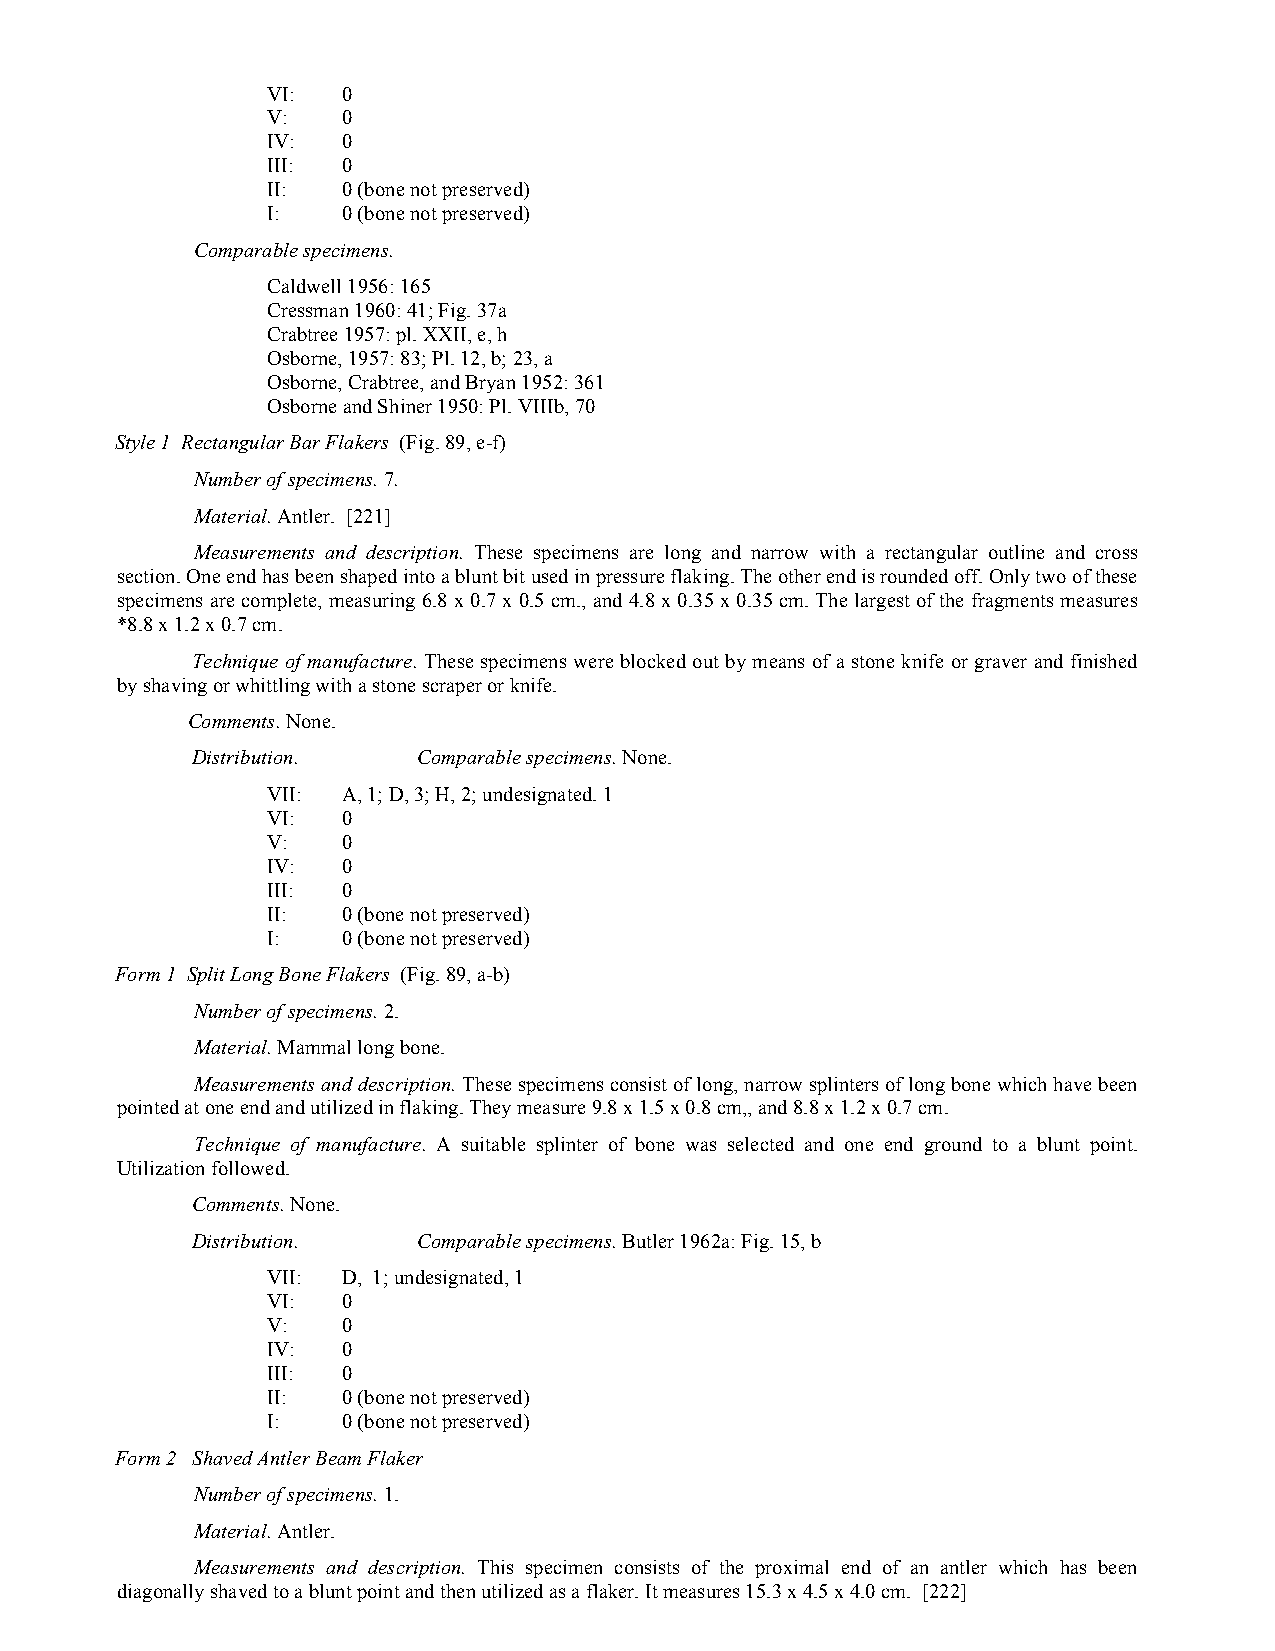
VI:  0
 V:   0
 IV:  0
 III: 0
 II:  0 (bone not preserved)
 I:   0 (bone not preserved)
 Comparable specimens.
 Caldwell 1956: 165
 Cressman 1960: 41; Fig. 37a
 Crabtree 1957: pl. XXII, e, h
 Osborne, 1957: 83; Pl. 12, b; 23, a
 Osborne, Crabtree, and Bryan 1952: 361
 Osborne and Shiner 1950: Pl. VIIIb, 70
 Style 1 Rectangular Bar Flakers (Fig. 89, e-f)
 Number of specimens. 7.
 Material. Antler. [221]
 Measurements and description. These specimens are long and narrow with a rectangular outline and cross
 section. One end has been shaped into a blunt bit used in pressure flaking. The other end is rounded off. Only two of these
 specimens are complete, measuring 6.8 x 0.7 x 0.5 cm., and 4.8 x 0.35 x 0.35 cm. The largest of the fragments measures
 *8.8 x 1.2 x 0.7 cm.
 Technique of manufacture. These specimens were blocked out by means of a stone knife or graver and finished
 by shaving or whittling with a stone scraper or knife.
 Comments. None.
 Distribution.  Comparable specimens. None.
 VII: A, 1; D, 3; H, 2; undesignated. 1
 VI:  0
 V:   0
 IV:  0
 III: 0
 II:  0 (bone not preserved)
 I:   0 (bone not preserved)
 Form 1 Split Long Bone Flakers (Fig. 89, a-b)
 Number of specimens. 2.
 Material. Mammal long bone.
 Measurements and description. These specimens consist of long, narrow splinters of long bone which have been
 pointed at one end and utilized in flaking. They measure 9.8 x 1.5 x 0.8 cm,, and 8.8 x 1.2 x 0.7 cm.
 Technique of manufacture. A suitable splinter of bone was selected and one end ground to a blunt point.
 Utilization followed.
 Comments. None.
 Distribution.  Comparable specimens. Butler 1962a: Fig. 15, b
 VII: D, 1; undesignated, 1
 VI:  0
 V:   0
 IV:  0
 III: 0
 II:  0 (bone not preserved)
 I:   0 (bone not preserved)
 Form 2 Shaved Antler Beam Flaker
 Number of specimens. 1.
 Material. Antler.
 Measurements and description. This specimen consists of the proximal end of an antler which has been
 diagonally shaved to a blunt point and then utilized as a flaker. It measures 15.3 x 4.5 x 4.0 cm. [222]